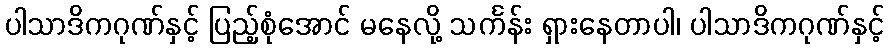
ပါသာဒိကဂုဏ်နှင့် ပြည့်စုံအောင် မနေလို့ သင်္ကန်း ရှားနေတာပါ၊ ပါသာဒိကဂုဏ်နှင့်